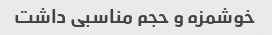
خوشمزه و حجم مناسبی داشت